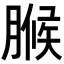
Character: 𮌧